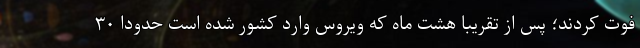
فوت کردند؛ پس از تقریبا هشت ماه که ویروس وارد کشور شده است حدودا ۳۰